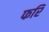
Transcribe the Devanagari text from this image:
फरि